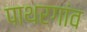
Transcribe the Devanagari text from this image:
पाथरगांव